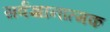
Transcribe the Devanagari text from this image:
सर्वज्ञानात्मक